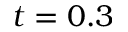
t = 0 . 3